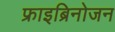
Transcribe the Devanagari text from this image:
फ्राइब्रिनोजन